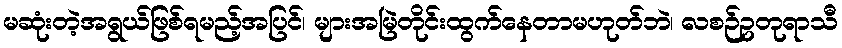
မဆုံးတဲ့အရွယ်ဖြစ်ရမည့်အပြင်၊ များအမြဲတိုင်းထွက်နေတာမဟုတ်ဘဲ၊ လစဉ်ဥတုရာသီ